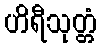
ဟိရီသုတ္တံ